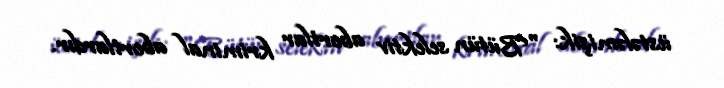
üstələmişik: "Bütün selektiv abortlar kriminal abortlardır.